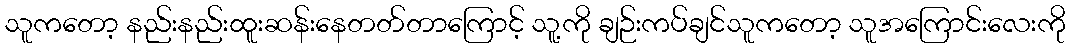
သူကတော့ နည်းနည်းထူးဆန်းနေတတ်တာကြောင့် သူ့ကို ချဉ်းကပ်ချင်သူကတော့ သူအကြောင်းလေးကို